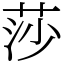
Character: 莎